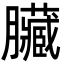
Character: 臟